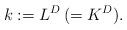
LaTeX: \begin{align*}k:=L^D\, (=K^D).\end{align*}